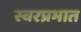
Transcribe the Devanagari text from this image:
स्वरप्रभात